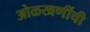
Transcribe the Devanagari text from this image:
ओळखणींची